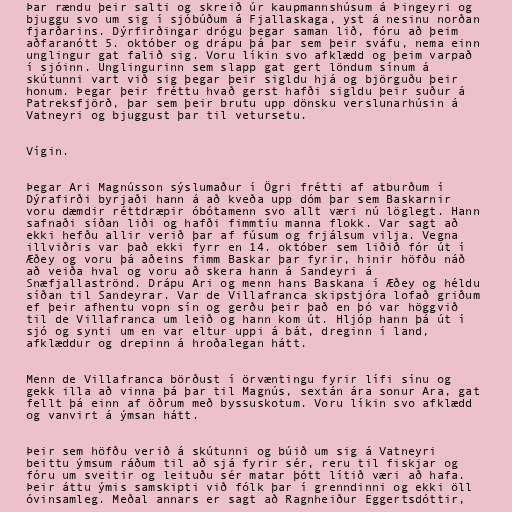
Þar rændu þeir salti og skreið úr kaupmannshúsum á Þingeyri og
bjuggu svo um sig í sjóbúðum á Fjallaskaga, yst á nesinu norðan
fjarðarins. Dýrfirðingar drógu þegar saman lið, fóru að þeim
aðfaranótt 5. október og drápu þá þar sem þeir sváfu, nema einn
unglingur gat falið sig. Voru líkin svo afklædd og þeim varpað
í sjóinn. Unglingurinn sem slapp gat gert löndum sínum á
skútunni vart við sig þegar þeir sigldu hjá og björguðu þeir
honum. Þegar þeir fréttu hvað gerst hafði sigldu þeir suður á
Patreksfjörð, þar sem þeir brutu upp dönsku verslunarhúsin á
Vatneyri og bjuggust þar til vetursetu.

Vígin.

Þegar Ari Magnússon sýslumaður í Ögri frétti af atburðum í
Dýrafirði byrjaði hann á að kveða upp dóm þar sem Baskarnir
voru dæmdir réttdræpir óbótamenn svo allt væri nú löglegt. Hann
safnaði síðan liði og hafði fimmtíu manna flokk. Var sagt að
ekki hefðu allir verið þar af fúsum og frjálsum vilja. Vegna
illviðris var það ekki fyrr en 14. október sem liðið fór út í
Æðey og voru þá aðeins fimm Baskar þar fyrir, hinir höfðu náð
að veiða hval og voru að skera hann á Sandeyri á
Snæfjallaströnd. Drápu Ari og menn hans Baskana í Æðey og héldu
síðan til Sandeyrar. Var de Villafranca skipstjóra lofað griðum
ef þeir afhentu vopn sín og gerðu þeir það en þó var höggvið
til de Villafranca um leið og hann kom út. Hljóp hann þá út í
sjó og synti um en var eltur uppi á bát, dreginn í land,
afklæddur og drepinn á hroðalegan hátt.

Menn de Villafranca börðust í örvæntingu fyrir lífi sínu og
gekk illa að vinna þá þar til Magnús, sextán ára sonur Ara, gat
fellt þá einn af öðrum með byssuskotum. Voru líkin svo afklædd
og vanvirt á ýmsan hátt.

Þeir sem höfðu verið á skútunni og búið um sig á Vatneyri
beittu ýmsum ráðum til að sjá fyrir sér, reru til fiskjar og
fóru um sveitir og leituðu sér matar þótt lítið væri að hafa.
Þeir áttu ýmis samskipti við fólk þar í grenndinni og ekki öll
óvinsamleg. Meðal annars er sagt að Ragnheiður Eggertsdóttir,